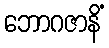
ဘောဂဇာနိံ